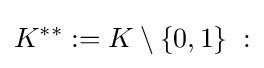
K^{**}:=K\setminus \{0,1\}\;: